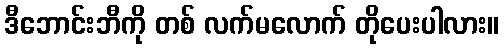
ဒီဘောင်းဘီကို တစ် လက်မလောက် တိုပေးပါလား။